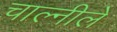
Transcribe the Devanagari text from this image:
चाल्नीले